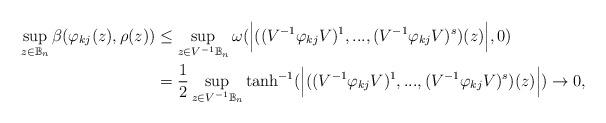
LaTeX: \begin{align*}\sup_{z\in\mathbb{B}_n} \beta(\varphi_{kj} (z),\rho(z))&\leq\sup_{z\in V^{-1}\mathbb{B}_n} \omega(\Big{|}((V^{-1}\varphi_{kj} V)^1,...,(V^{-1}\varphi_{kj} V)^s)(z)\Big{|},0)\\&= \dfrac{1}{2} \sup_{z\in V^{-1}\mathbb{B}_n} \tanh^{-1} (\Big{|}((V^{-1}\varphi_{kj} V)^1,...,(V^{-1}\varphi_{kj} V)^s)(z)\Big{|})\rightarrow 0,\end{align*}